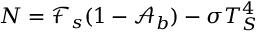
N = \mathcal { F } _ { s } ( 1 - \mathcal { A } _ { b } ) - \sigma T _ { S } ^ { 4 }